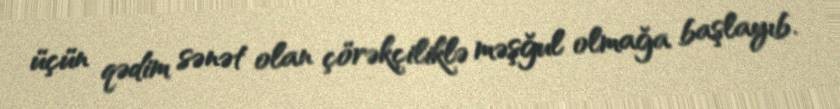
üçün qədim sənət olan çörəkçiliklə məşğul olmağa başlayıb.